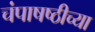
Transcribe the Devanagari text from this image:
चंपाषष्ठीच्या